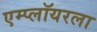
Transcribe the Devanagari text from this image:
एम्प्लॉयरला